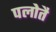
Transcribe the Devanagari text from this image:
पलोतै